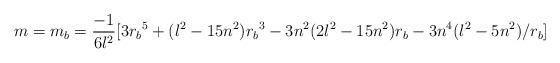
LaTeX: \begin{align*}m = m_b = {-1 \over 6l^2}[3{r_b}^5+(l^2-15n^2){r_b}^3-3n^2(2l^2-15n^2){r_b}-3n^4(l^2-5n^2)/r_b]\end{align*}